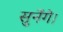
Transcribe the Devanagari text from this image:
सुनेंगे।